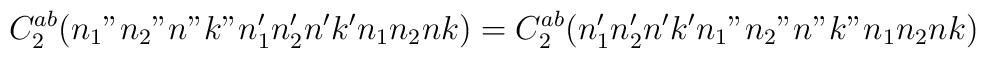
C^{ab}_2(n_1"n_2"n"k"n_1'n_2'n'k'n_1n_2nk)=C^{ab}_2(n_1'n_2'n'k'n_1"n_2"n"k"n_1n_2nk)